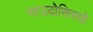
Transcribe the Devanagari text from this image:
साउदोसिस्मो